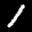
Label: 1